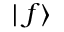
\mid f \rangle